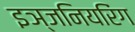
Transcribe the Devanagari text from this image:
इञ्जनियरिंग